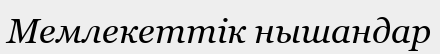
Мемлекеттік нышандар